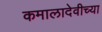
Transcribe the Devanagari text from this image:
कमालादेवीच्या